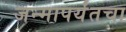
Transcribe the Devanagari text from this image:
जन्मापर्यंतचा